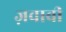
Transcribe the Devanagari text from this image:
ज़वाबी